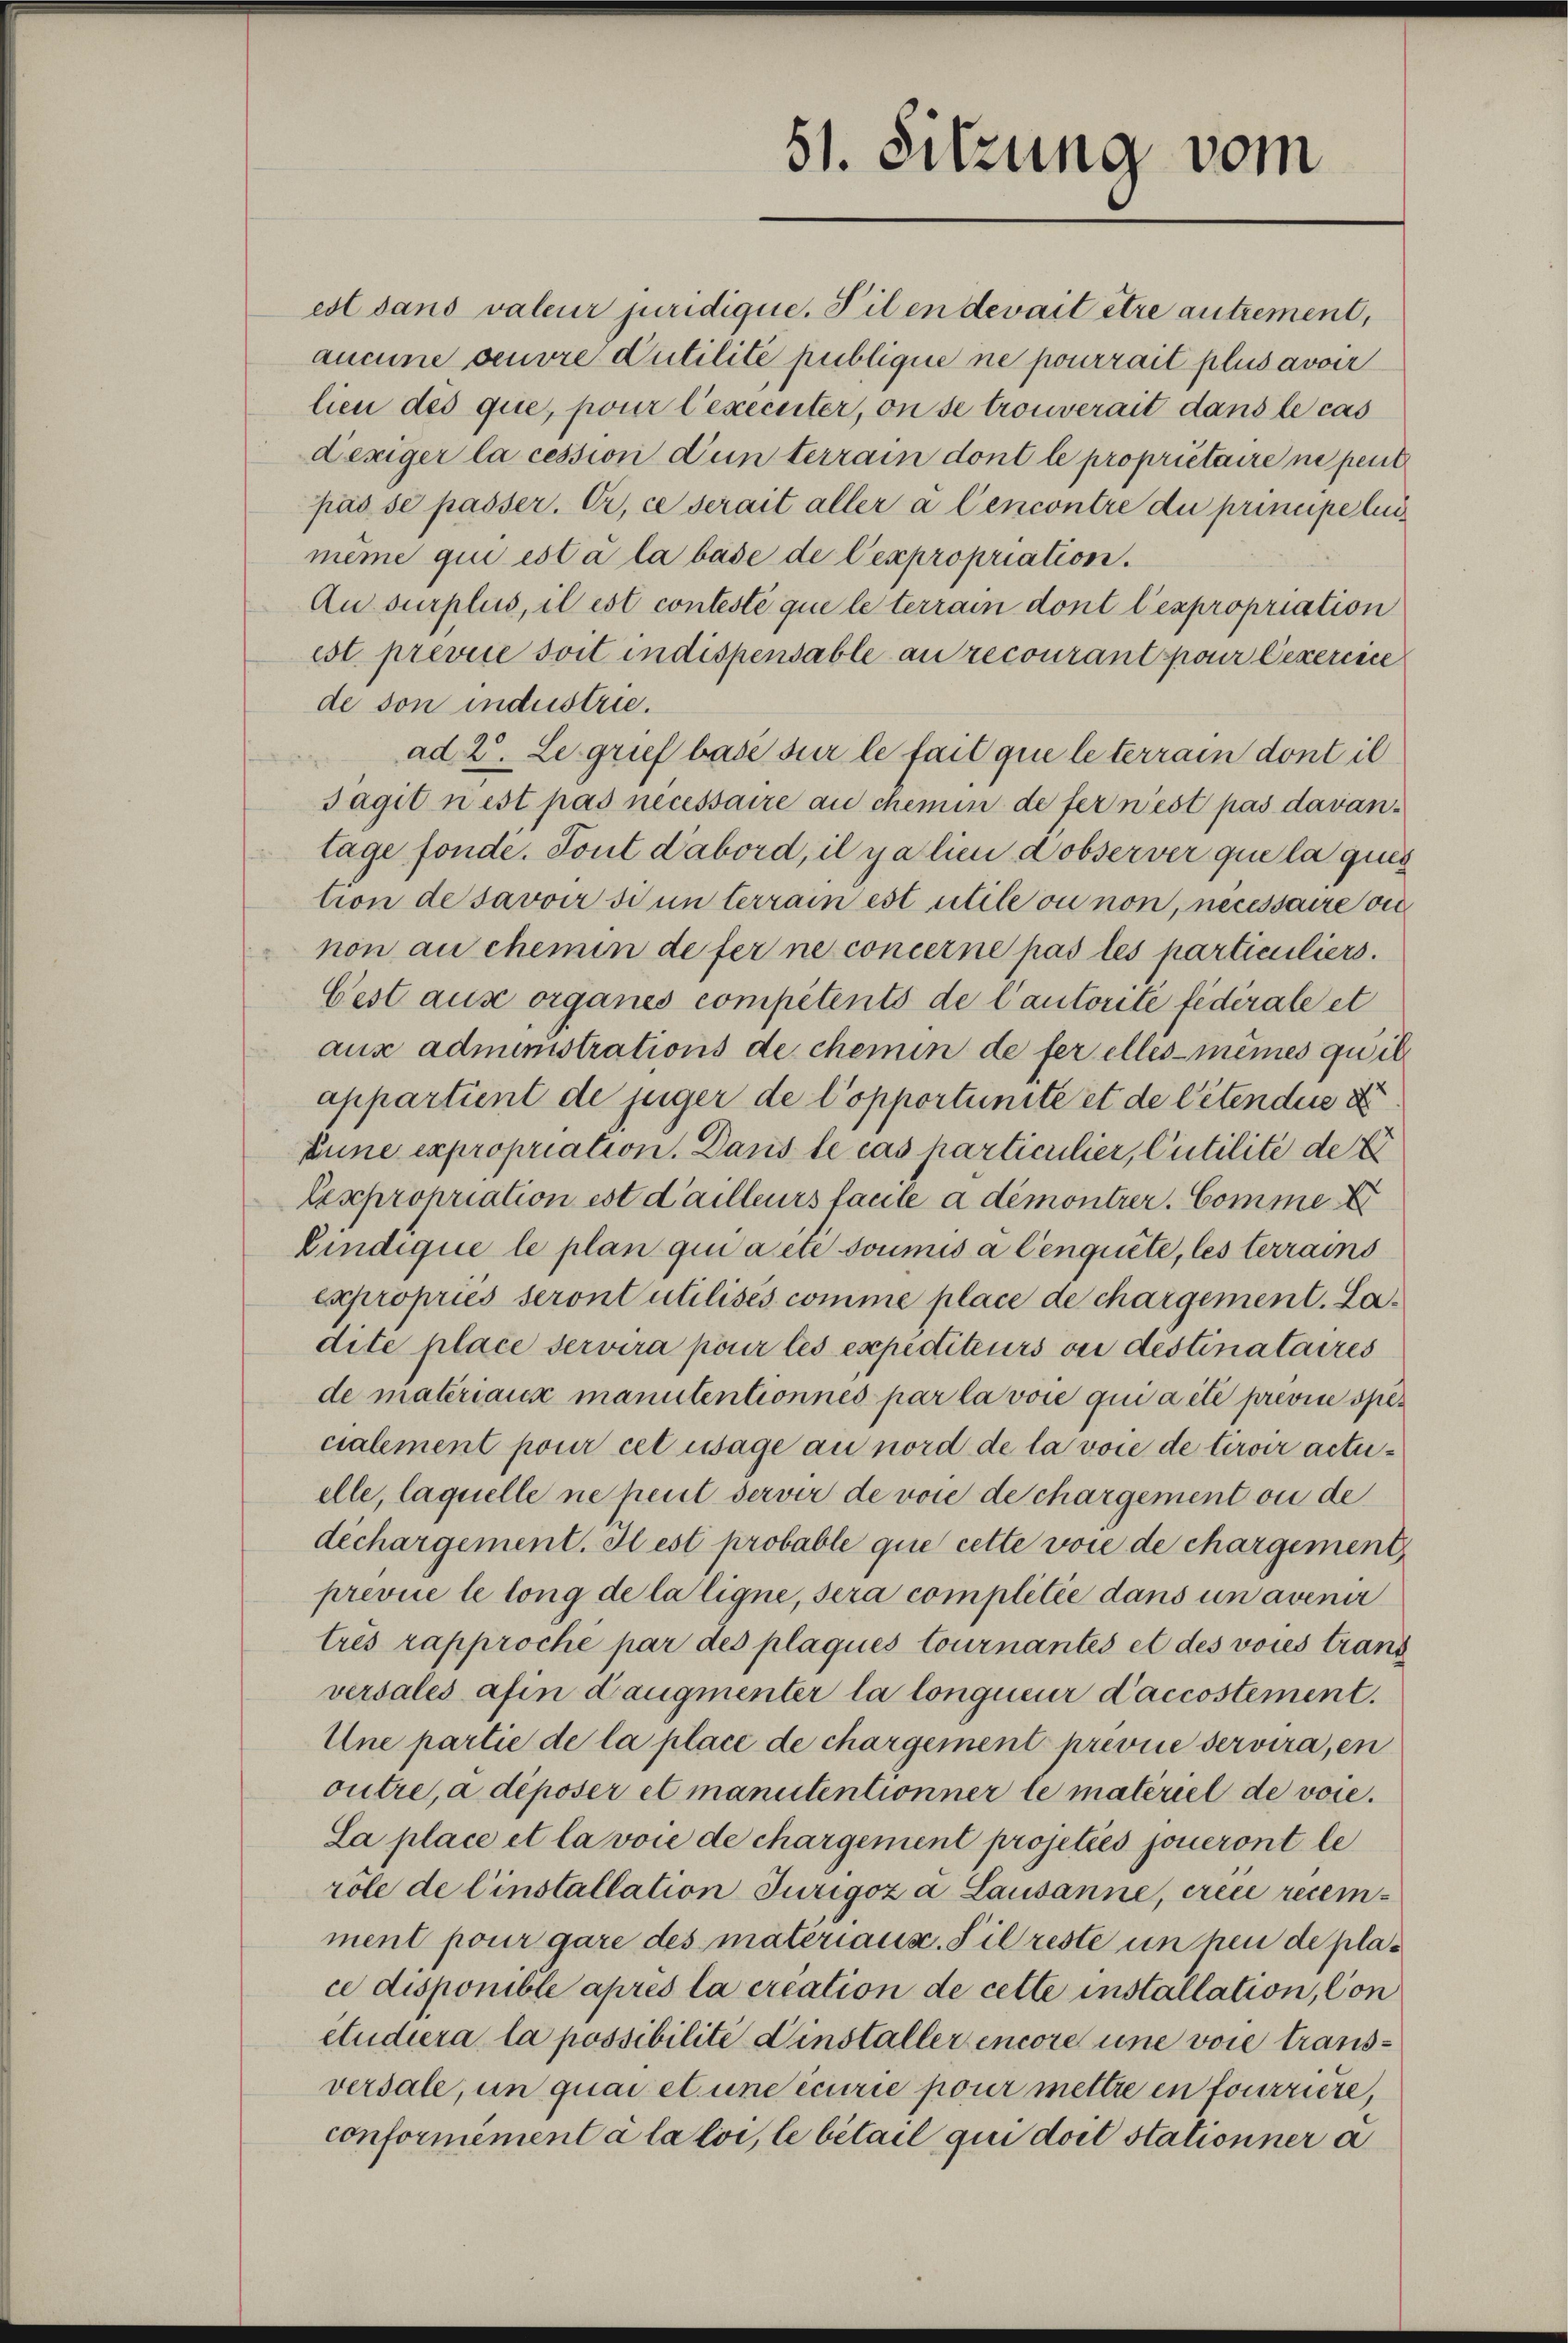
51. Sitzung vom

est dans valeur juridique. Vilen devait être autrement,
aucune veuvre Putilité publique ne pourrait plus avoir
lien des que, pour l’exécuter, on se trouverait dans le cas
Deziger la cession d’un terrain dont le propriétaire ne peut
pas se passer. Er, ce serait aller à Cencontre du principe lui
même qui est à la base de Cexpropriation.
Au surplus, il est contesté que le terrain dont l’expropriation
est previce soit indispensable an recourant pour lexercice
de von industrie.
ad 2. Le grief base sur le fait que le terrain dont il
sagit nest pas necessaire au chemin de fernest pas davantage fonde. Tout d’abord, il y a lien d observer que la quis
tion de savoir si un terrain est utile ou non, necessaire die
non au chemin de ferne concerne pas les particuliers.
Cest aus organes competents de l’autorite fédérale et
aus administrations de chemin de fer elles-mêmes qu’il
appartient de juger de l’opportunité et de Petendue d
Eune expropriation. Dans le cas particulier, Citilité de t
Cexpropriation est d’ailleurs facile a démontrer. Comme
Cindique le plan qui a été soumis à Cenquête, les terrains
expropries seront utilisés comme place de chargement. Ladite place servira pour les expediteurs ou distinataires
de materiaus manutentionnés par la voie qui a été previde specialement pour cet usage au nord de la voie de tiroir actuelle, laquelle ne peut servir de von de chargement ou de
dechargement. Il est probable que cette voie de chargement
prevue le long de la ligne, sera complitée dans un avenir
trés rapproche par des plaques tournantes et des voies trans
versales afin daugmenter la longueur Laccostement.
Une partie de la place de chargement previce servira, en
outre, a déposer et manutentionner le materiel de voie.
La place et la voie de chargement projetiés joueront le
röle de Einstallation Jurigoz à Lausanne, crece recemment pour gare des materiaux. Sil reste un peu de place disponible après la creation de cette installation, Con
etudiera la possibilité installer encore une vore transversale, in quai et und ecurie pour mettre en fourriere,
conformément à la loi, le bétail qui doit stationner a